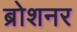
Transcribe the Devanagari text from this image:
ब्रोशनर